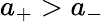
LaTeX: a_{+}>a_{-}